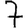
Digit: 7